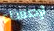
لإحتساء